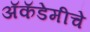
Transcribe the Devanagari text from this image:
अॅकॅडेमीचे